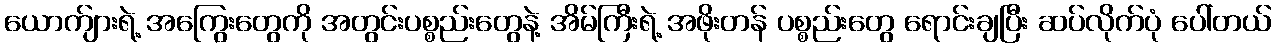
ယောက်ျားရဲ့ အကြွေးတွေကို အတွင်းပစ္စည်းတွေနဲ့ အိမ်ကြီးရဲ့ အဖိုးတန် ပစ္စည်းတွေ ရောင်းချပြီး ဆပ်လိုက်ပုံ ပေါ်တယ်